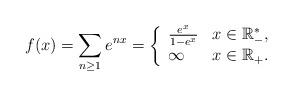
LaTeX: \begin{align*}f(x)=\sum_{n\geq1}e^{nx}=\left\{\begin{array}[c]{ll}\frac{e^{x}}{1-e^{x}} & x\in\mathbb{R}_{-}^{\ast},\\\infty & x\in\mathbb{R}_{+}.\end{array}\right. \end{align*}